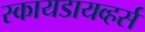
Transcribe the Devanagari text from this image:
स्कायडायव्हर्स